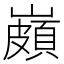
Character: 𡽠